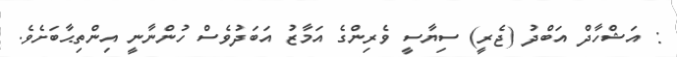
: އަޝްހާދް އަބްދު (ޖެރީ) ސިޔާސީ ވެރިންގެ އަމާޒު އަބަދުވެސް ހުންނާނީ އިންތިޙާބަށެވެ.